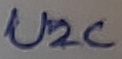
Text: U2C